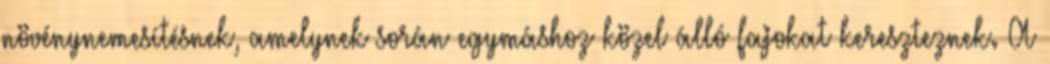
növénynemesítésnek, amelynek során egymáshoz közel álló fajokat kereszteznek. A